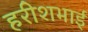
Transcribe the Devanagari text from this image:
हरीशभाई